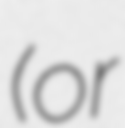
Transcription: (or